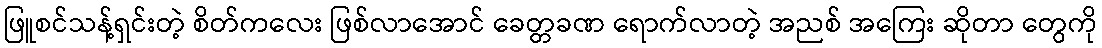
ဖြူစင်သန့်ရှင်းတဲ့ စိတ်ကလေး ဖြစ်လာအောင် ခေတ္တခဏ ရောက်လာတဲ့ အညစ် အကြေး ဆိုတာ တွေကို